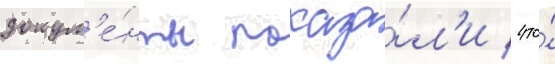
докум'е́нты показа́л'и / что́